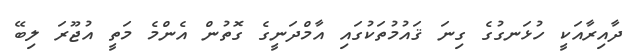
ދާއިރާއަކީ ހުޅަނގުގެ ގިނަ ޤައުމުތަކުގައި އާމްދަނީގެ ގޮތުން އެންމެ މަތީ އުޖޫރަ ލިބޭ